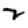
Digit: 2